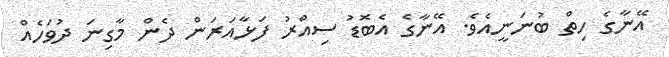
އޭނާގެ ހިތް ބުނަނީއެވެ. އޭނާގެ އެބޮޑު ސިއްރު ފަޅާއަރަން ދެން މާގިނަ ދުވަހެއް